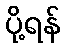
ပို့ရန်